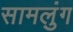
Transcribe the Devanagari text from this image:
सामलुंग